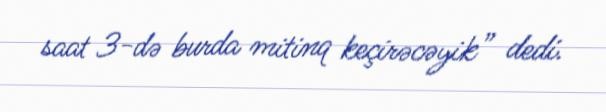
saat 3-də burda mitinq keçirəcəyik” dedi.